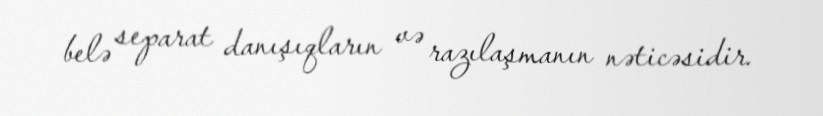
belə separat danışıqların və razılaşmanın nəticəsidir.